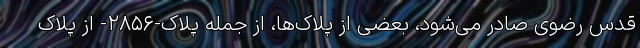
قدس رضوی صادر می‌شود، بعضی از پلاک‌ها، از جمله پلاک-۲۸۵۶- از پلاک